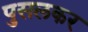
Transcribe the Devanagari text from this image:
पुसलकर